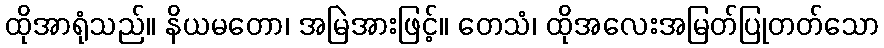
ထိုအာရုံသည်။ နိယမတော၊ အမြဲအားဖြင့်။ တေသံ၊ ထိုအလေးအမြတ်ပြုတတ်သော